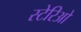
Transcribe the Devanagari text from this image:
स्टेरिओ